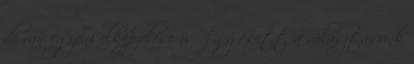
de van egyéni elképzelése is. Így esett a választásunk